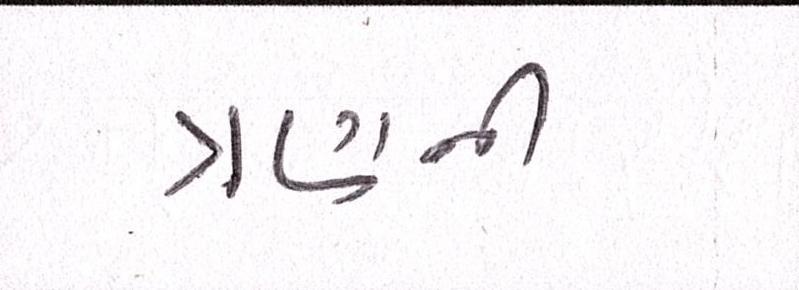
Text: ત્રણની